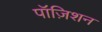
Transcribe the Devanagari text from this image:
पॉज़िशन